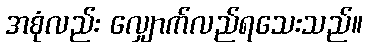
အစုံလည်း လျှောက်လည်ရသေးသည်။